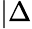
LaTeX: \lvert\Delta